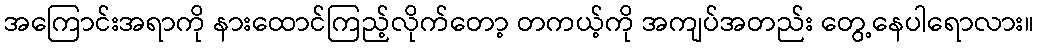
အကြောင်းအရာကို နားထောင်ကြည့်လိုက်တော့ တကယ့်ကို အကျပ်အတည်း တွေ့နေပါရောလား။